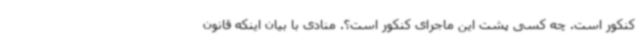
کنکور است. چه کسی پشت این ماجرای کنکور است؟. منادی با بیان اینکه قانون